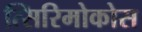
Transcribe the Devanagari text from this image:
त्सिरिमोकोस